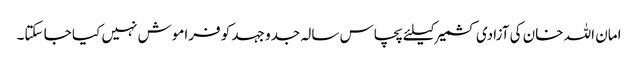
امان اللہ خان کی آزادی کشمیر کیلئے پچاس سالہ جدو جہد کو فراموش نہیں کیا جا سکتا۔